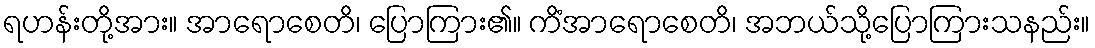
ရဟန်းတို့အား။ အာရောစေတိ၊ ပြောကြား၏။ ကိံအာရောစေတိ၊ အဘယ်သို့ပြောကြားသနည်း။